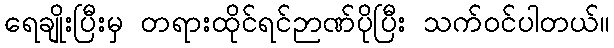
ရေချိုးပြီးမှ တရားထိုင်ရင်ဉာဏ်ပိုပြီး သက်ဝင်ပါတယ်။